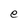
Character: e